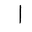
Letter: _alif